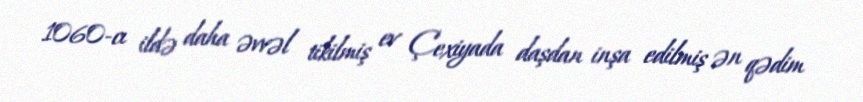
1060-cı ildə daha əvvəl tikilmiş ev Çexiyada daşdan inşa edilmiş ən qədim